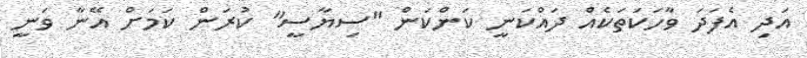
އަދި އެފަދަ ވާހަކަތަކެއް ދައްކަނީ ކަންކަން "ސިޔާސީ" ކުރަން ކަމަށް އޭނާ ވަނީ